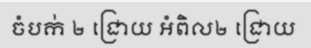
ចំបក់ ២ ជ្រោយ អំពិល២ ជ្រោយ